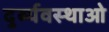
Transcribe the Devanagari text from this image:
दुर्ब्यवस्थाओ